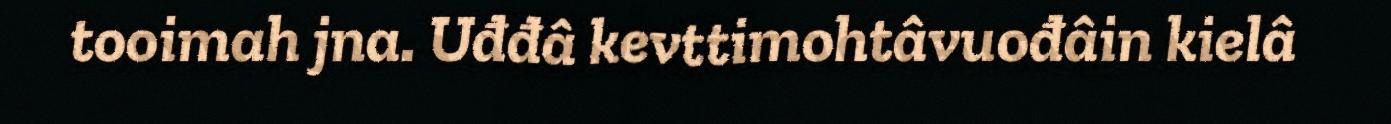
tooimah jna. Uđđâ kevttimohtâvuođâin kielâ